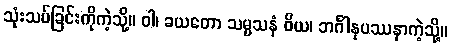
သုံးသပ်ခြင်းကိုကဲ့သို့။ ဝါ၊ ခယတော သမ္မသနံ ဝိယ၊ ဘင်္ဂါနုပဿနာကဲ့သို့။